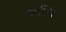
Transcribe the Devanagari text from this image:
रूपि